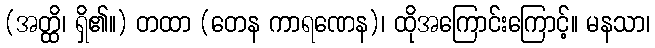
(အတ္ထိ၊ ရှိ၏။) တထာ (တေန ကာရဏေန)၊ ထိုအကြောင်းကြောင့်။ မနသာ၊